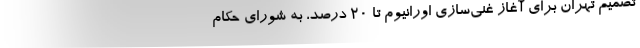
تصمیم تهران برای آغاز غنی‌سازی اورانیوم تا ۲۰ درصد، به شورای حکام